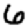
Digit: 6